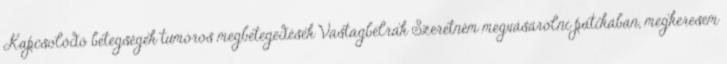
Kapcsolódó betegségek tumoros megbetegedések Vastagbélrák Szeretném megvásárolni patikában, megkeresem